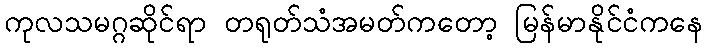
ကုလသမဂ္ဂဆိုင်ရာ တရုတ်သံအမတ်ကတော့ မြန်မာနိုင်ငံကနေ